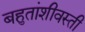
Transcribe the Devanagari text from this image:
बहुतांशीवस्ती